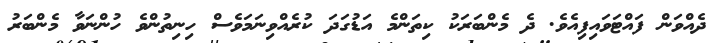
ދެއްވަން ފައްޓަވައިފިއެވެ. ދެ މެންބަރަކު ކިތަންމެ އަޑުގަދަ ކުރެއްވިނަމަވެސް ހިނިތުންވެ ހުންނަވާ މެންބަރު